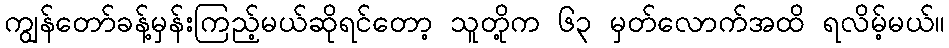
ကျွန်တော်ခန့်မှန်းကြည့်မယ်ဆိုရင်တော့ သူတို့က ၆၃ မှတ်လောက်အထိ ရလိမ့်မယ်။